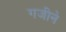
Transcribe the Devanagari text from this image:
गजीने